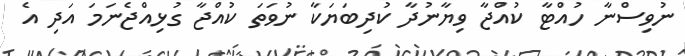
ނުވިސްނާ ހުއްޓާ ކުއްޖާ ވިޔާނުދާ ކުދިބަޔަކާ ނުވަތަ ކުއްޖާ ގުޅިއްޖެނަމަ އަދި އެ